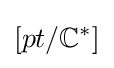
[pt/\mathbb {C} ^{*}]